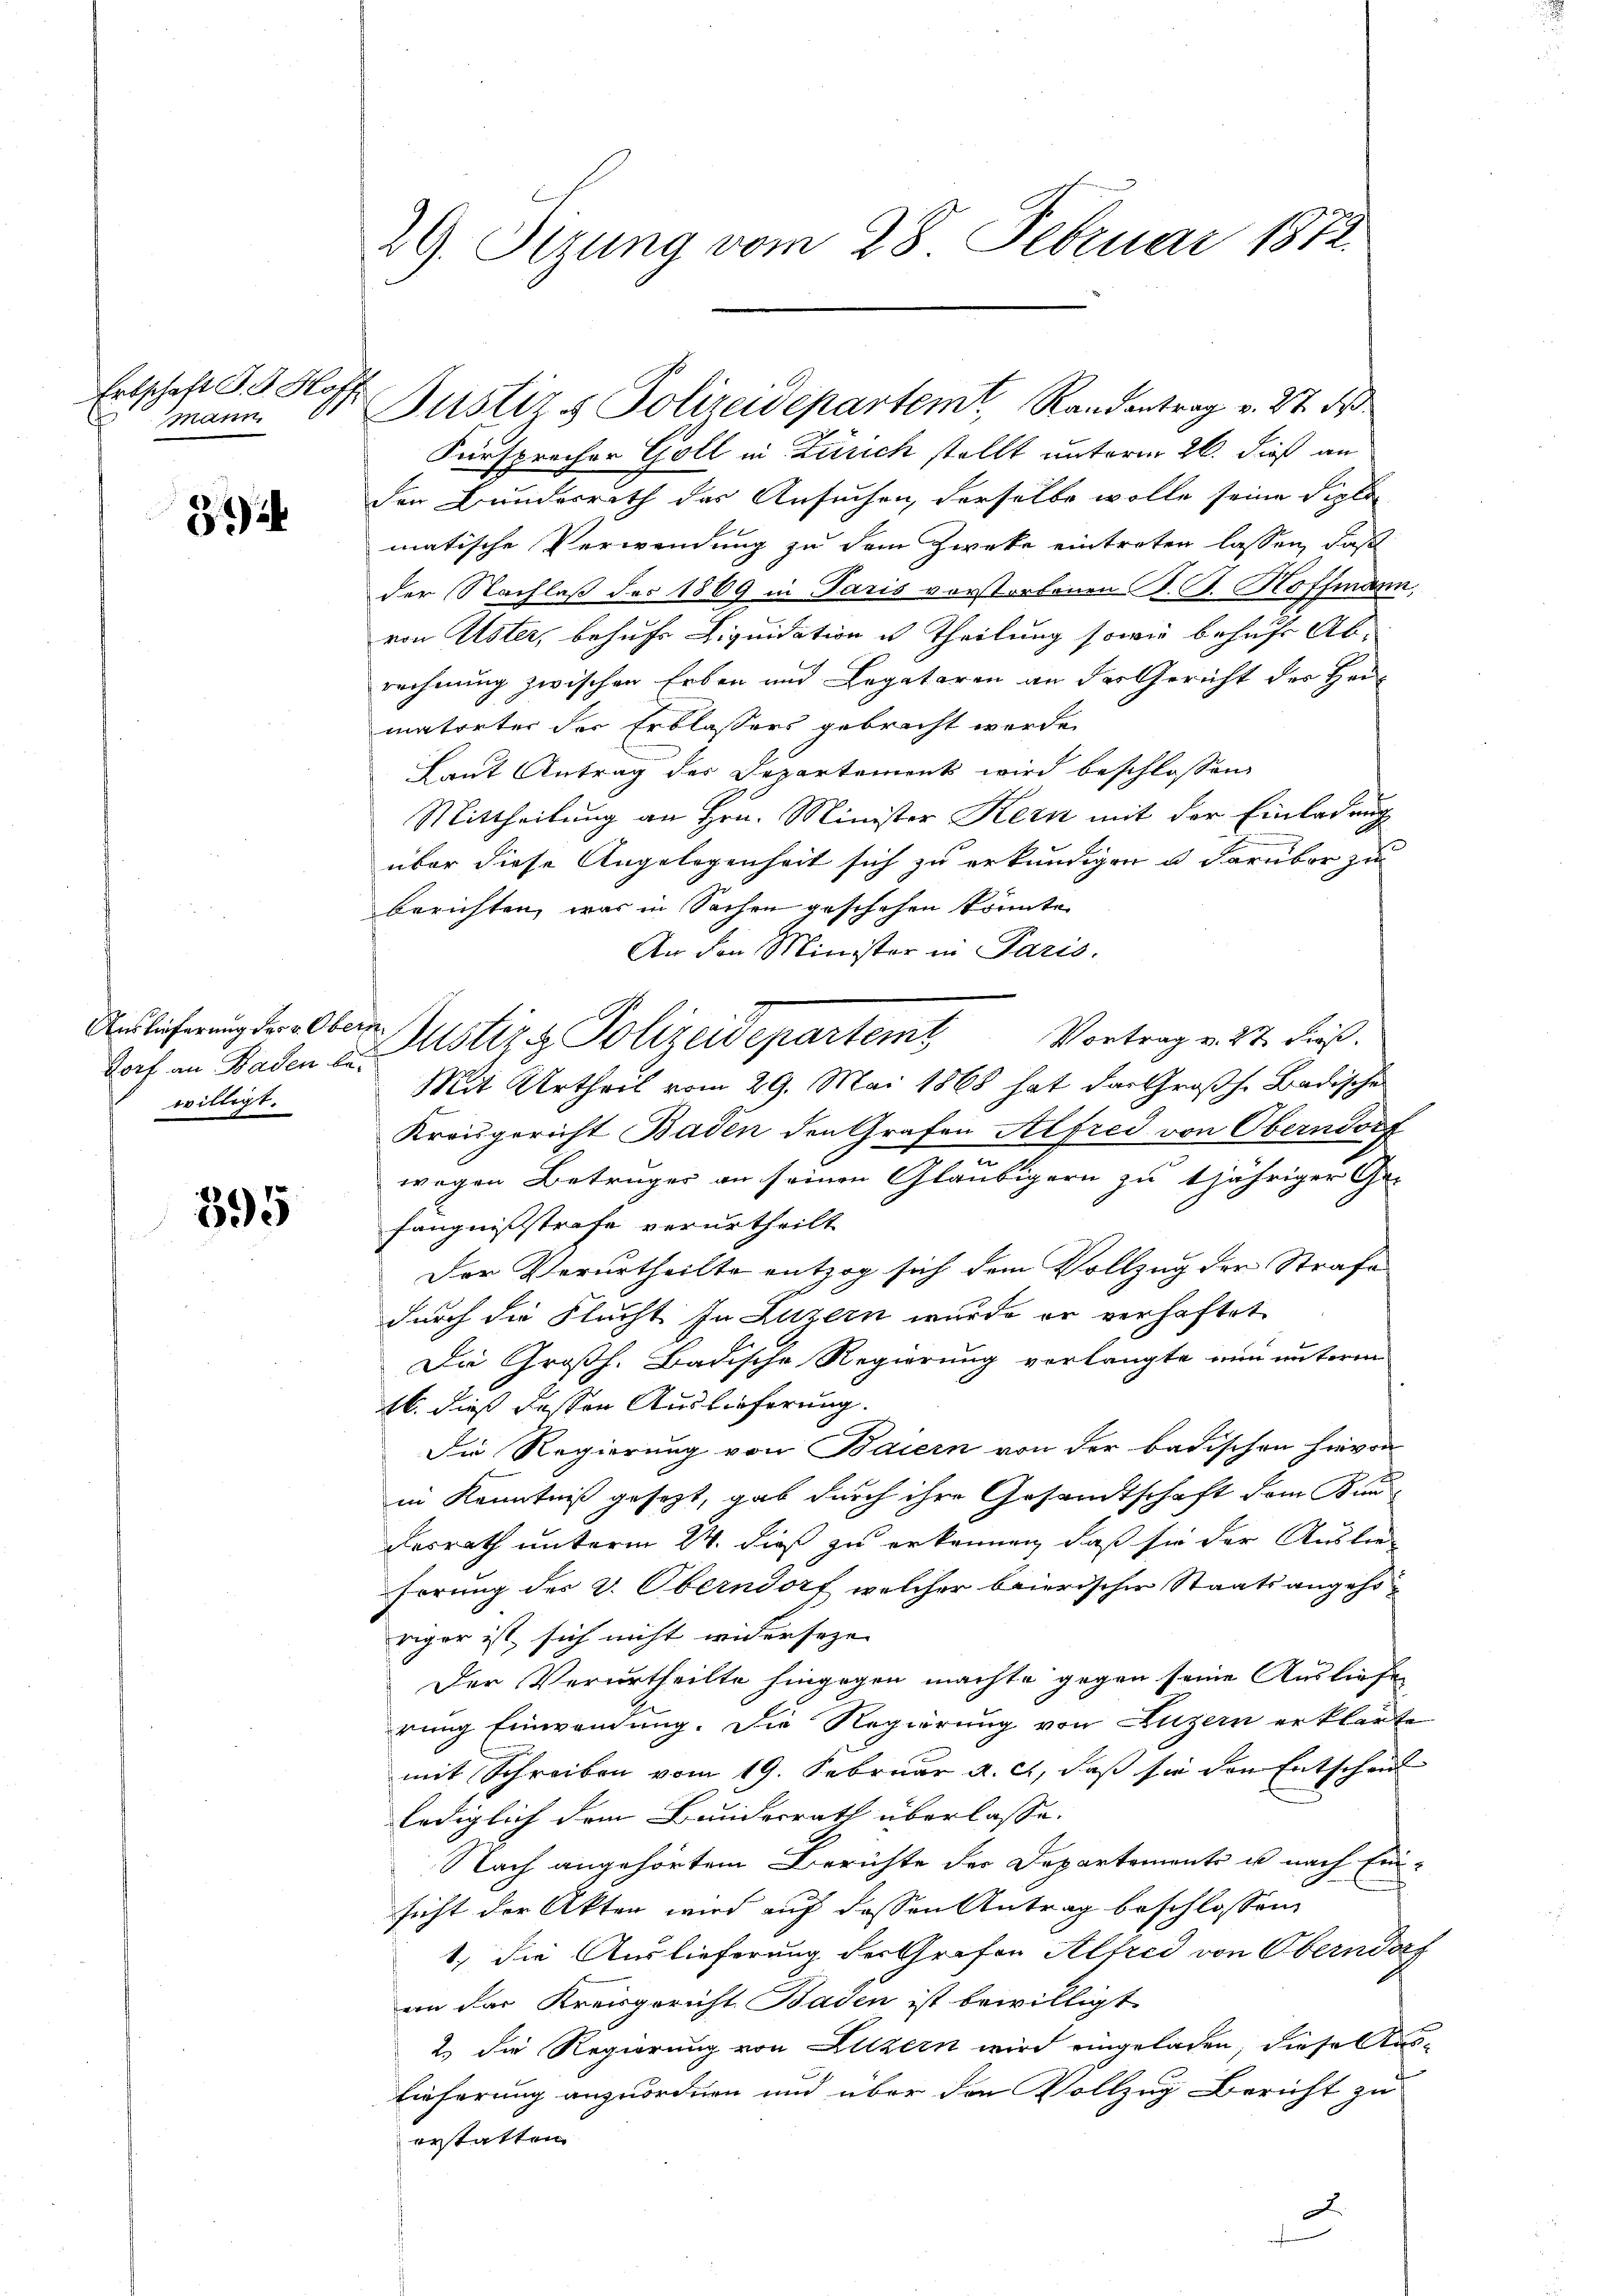
Ertschaft d. G. Hoff
Mann

8

dorf an Baden be-
willigt.

895

29. Sizung vom 28. Februar 1872.

Justizs Polizeidepartemt, Randantrag v. 27. ds
Fürsprocher Goll in Zürich stellt unterm 26. dieß an
den Bundesrath des Ansuchen, derselbe wolle seine Diplo
matische Verwendung zu dem Zwecke eintreten lassen, daß
der Nachlaß des 1869 in Paris vorstorfenen S. J. Hoffmann,
von Uster, behufe Liquidation es theilung sowie behufs Abrechnung zwischen Erben und Legataren an der Gericht des Hermatorter der Erblassers gebracht werde.
Laut Antrag des Departement wird beschlossen
Mittheilung an Hrn. Minister Kern mit der Einladung
über diese Angelegenheit sich zu erkundigen u. darüber zu
berichten, was in Sachen geschehen könnte.
An den Minister in Paris.
Mit Urtheil vom 29. Mai 1868 hat das Großh. Badische
Kreisgericht Baden den Grafen Alfred von Oberndorf
e
wegen Betruger an seinen Gläubigern zu tjähriger Ge-
fängnißstrafe verurtheilt
Der Verurtheilte entzog sich dem Vollzug der Strafe
durch die Flucht. In Luzern wurde er verhaftet
Die Großh. Badische Regierung verlangte nun unterm
b. dieß dessen Auslieferung.
Die Regierung von Baiern von der Badischen hievon
in Kenntniß gesezt, gab durch ihre Gesandtschaft dem Kan-
desrath unterm 24. dieß zu erkennen, daß sie der Austrehörung des v. Oberndorf welcher baierischer Staatsangehöriger ist, sich nicht widerseze
Der Verurtheilte hingegen machte gegen seine Ausliefen
rung Einwendung. Die Regierung von Luzern erklärte
mit Schreiben vom 19. Februar a. c., daß sie den Entschen
lediglich dem Bundesrath überlasse.
Nach angehörtem Berichte der Departemente u nach Ein-
sicht der Akten wird auf dessen Antrag beschlossen,
1., die Auslieferung der Grafen Alfred von Oberndorf
an das Kreisgericht Baden ist bewilligt
2.) Die Regierung von Luzern wird eingeladen, diese Aus-
m
lieferung anzuordnen und über den Vollzug Bericht zu
erstatten
J

Anlicherung der Ober-Justiz & Polizeidepartem Vortrag v. 27. dieß.